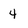
Character: 4